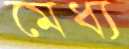
মেধ্য